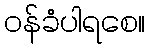
ဝန်ခံပါရစေ။